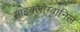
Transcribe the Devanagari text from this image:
साइक्लोग्वानिल